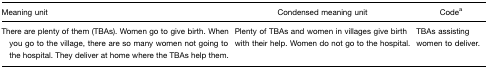
| Meaning unit | Condensed meaning unit | Codea |
 | --- | --- | --- |
 | There are plenty of them (TBAs). Women go to give birth. When you go to the village, there are so many women not going to the hospital. They deliver at home where the TBAs help them. | Plenty of TBAs and women in villages give birth with their help. Women do not go to the hospital. | TBAs assisting women to deliver. |